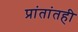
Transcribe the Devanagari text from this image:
प्रांतांतही